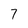
Character: 7